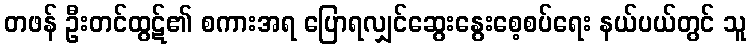
တဖန် ဦးတင်ထွဋ်၏ စကားအရ ပြောရလျှင်ဆွေးနွေးစေ့စပ်ရေး နယ်ပယ်တွင် သူ